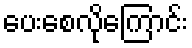
ပေးစေလိုကြောင်း